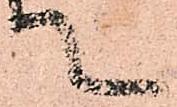
て